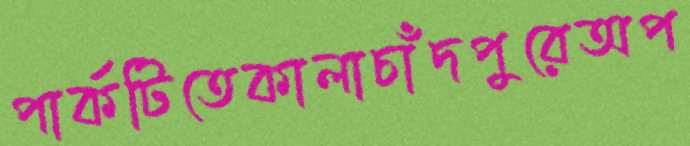
পার্কটিতেকালাচাঁদপুরেঅপ